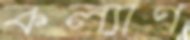
কল্যাণ